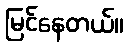
မြင်နေတယ်။